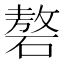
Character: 𰧑